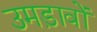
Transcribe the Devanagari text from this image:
उमड़ावों